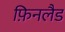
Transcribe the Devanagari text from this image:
फ़िनलैड